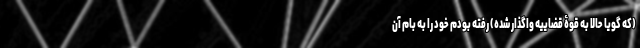
(که گویا حالا به قوۀ قضاییه واگذار شده) رفته بودم خود را به بام آن